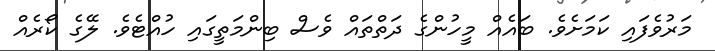
މަރުވެފައި ކަމަށެވެ. ބައެއް މީހުންގެ ދަތްތައް ވެސް ބިންމަތީގައި ހުއްޓެވެ. ލޭގެ ކޯރެއް